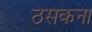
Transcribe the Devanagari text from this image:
ठसकना